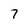
Character: 7